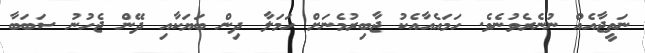
ނަތީޖާއެއް ނުނެރެވުނެވެ. ހަމައެއާއެކު ޖާބިރުމެނަށް ހަމަލާ ދިން ބަޔަކާއި ދޭން ޖެހުނު ސަބަބާ